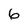
Character: 6